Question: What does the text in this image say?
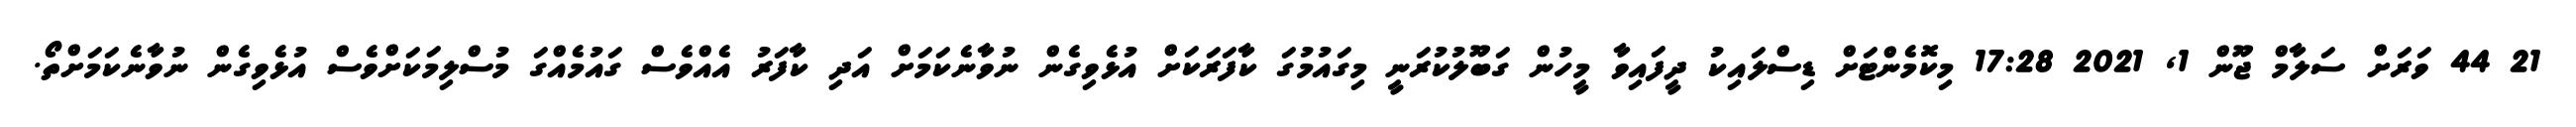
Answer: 21 44 ވަރަށް ސަލާމް ޖޫން 1, 2021 17:28 މިކޮމެންޓަށް ޑިސްލައިކު ދީފައިވާ މީހުން ގަބޫލުކުރަނީ މިގައުމުގަ ކާފަރަކަށް އުޅެވިގެން ނުވާނެކަމަށް އަދި ކާފަރު އެއްވެސް ގައުމެއްގަ މުސްލިމަކަށްވެސް އުޅެވިގެން ނުވާނެކަމަށްތޯ.